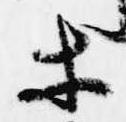
等